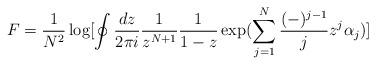
LaTeX: \begin{align*}F=\frac{1}{N^2} \log [ \oint \frac{ dz }{2\pi i} \frac{1}{z^{N+1}} \frac{1}{1-z} \exp(\sum_{j=1}^{N} \frac{(-)^{j-1}}{j} z^{j} \alpha_{j} ) ]\end{align*}